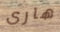
هارى